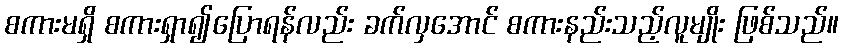
စကားမရှိ စကားရှာ၍ပြောရန်လည်း ခက်လှအောင် စကားနည်းသည့်လူမျိုး ဖြစ်သည်။